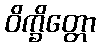
ဝိက္ခိတ္တော